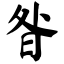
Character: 昝